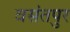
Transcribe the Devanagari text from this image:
वसंतपुर